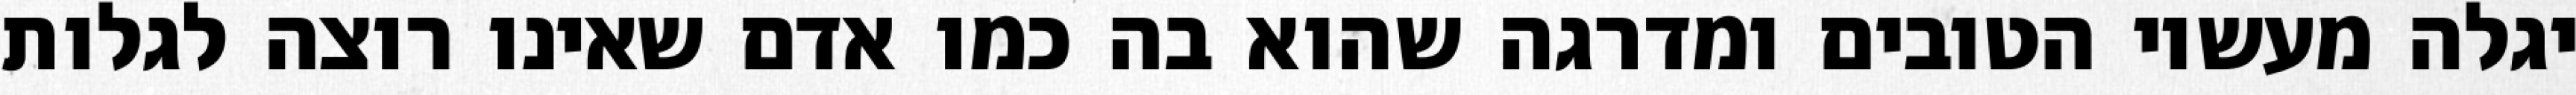
יגלה מעשיו הטובים ומדרגה שהוא בה כמו אדם שאינו רוצה לגלות